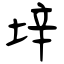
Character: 垶